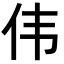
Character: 伟